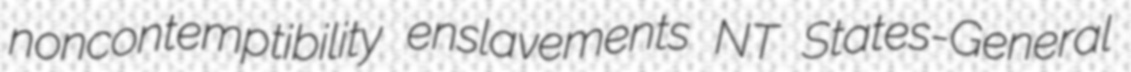
noncontemptibility enslavements NT States-General